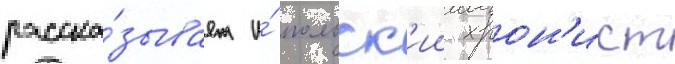
расска́зывает и́ польск'ии хрон'ист